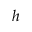
\ensuremath { \boldsymbol { h } }